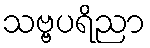
သဗ္ဗပရိညာ